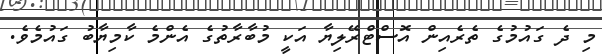
މި ދެ ގައުމުގެ ތެރެއިން އޮސްޓްރޭލިޔާ އަކީ މުބާރާތުގެ އެންމެ ކާމިޔާބު ގައުމެވެ.